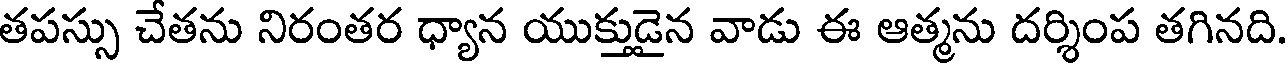
తపస్సు చేతను నిరంతర ధ్యాన యుక్తుడైన వాడు ఈ ఆత్మను దర్శింప తగినది